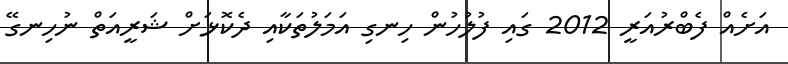
އަށެއް ފެބްރުއަރީ 2012 ގައި ފުލުހުން ހިނގި އަމަލުތަކާއި ދެކޮޅަށް ޝަރީއަތް ނުހިނގޭ